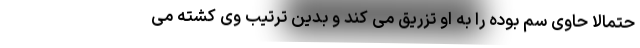
حتمالا حاوی سم بوده را به او تزریق می کند و بدین ترتیب وی کشته می